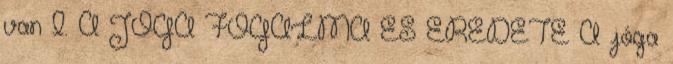
van I. A JÓGA FOGALMA ÉS EREDETE A jóga